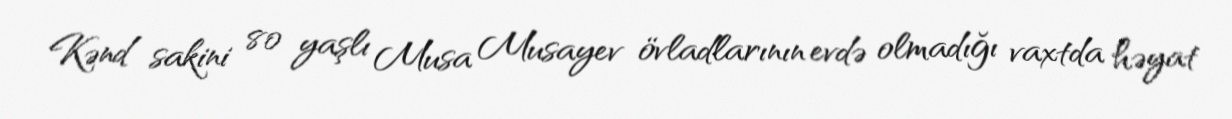
Kənd sakini 80 yaşlı Musa Musayev övladlarının evdə olmadığı vaxtda həyat